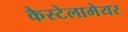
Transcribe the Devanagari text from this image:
कैस्टेलामेयर